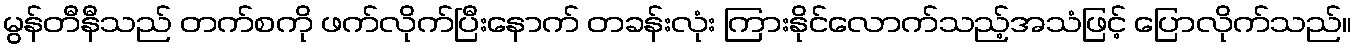
မွန်တီနီသည် တက်စကို ဖက်လိုက်ပြီးနောက် တခန်းလုံး ကြားနိုင်လောက်သည့်အသံဖြင့် ပြောလိုက်သည်။